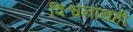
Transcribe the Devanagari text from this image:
विश्वनाथही